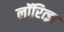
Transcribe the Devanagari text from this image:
लॉरित्झ